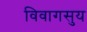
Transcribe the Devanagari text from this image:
विवागसुय